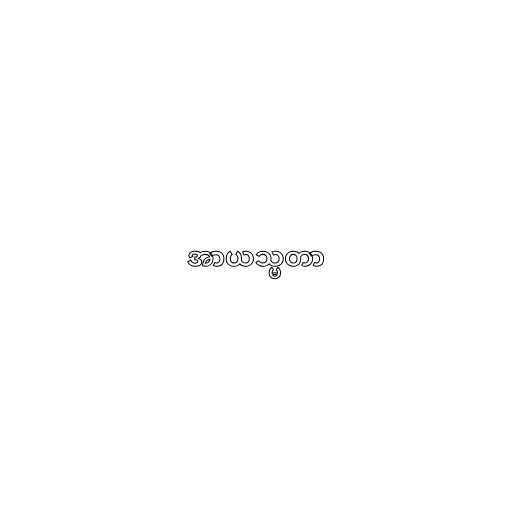
အာယသ္မတာ